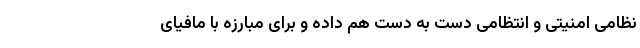
نظامی امنیتی و انتظامی دست به دست هم داده و برای مبارزه با مافیای